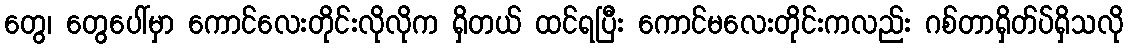
တွေ၊ တွေပေါ်မှာ ကောင်လေးတိုင်းလိုလိုက ရှိတယ် ထင်ရပြီး ကောင်မလေးတိုင်းကလည်း ဂစ်တာရှိတ်ပ်ရှိသလို